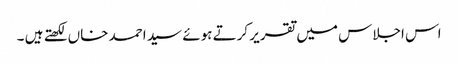
اس اجلاس میں تقریر کرتے ہوئے سید احمد خاں لکھتے ہیں ۔